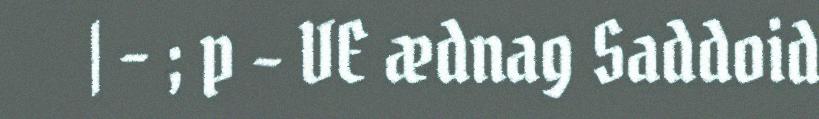
| - ; p - VE ædnag Saddoid